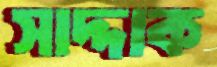
সাদ্দাক